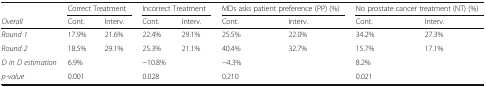
|  | <COLSPAN=2> Correct Treatment | <COLSPAN=2> Incorrect Treatment | <COLSPAN=2> MDs asks patient preference (PP) (%) | <COLSPAN=2> No prostate cancer treatment (NT) (%) |
 | Overall | Cont. | Interv. | Cont. | Interv. | Cont. | Interv. | Cont. | Interv. |
 | --- | --- | --- | --- | --- | --- | --- | --- | --- |
 | Round 1 | 17.9% | 21.6% | 22.4% | 29.1% | 25.5% | 22.0% | 34.2% | 27.3% |
 | Round 2 | 18.5% | 29.1% | 25.3% | 21.1% | 40.4% | 32.7% | 15.7% | 17.1% |
 | D in D estimation | <COLSPAN=2> 6.9% | <COLSPAN=2> −10.8% | <COLSPAN=2> −4.3% | <COLSPAN=2> 8.2% |
 | p-value | <COLSPAN=2> 0.001 | <COLSPAN=2> 0.028 | <COLSPAN=2> 0.210 | <COLSPAN=2> 0.021 |